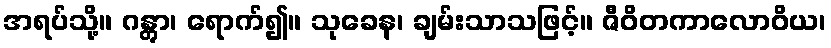
အရပ်သို့။ ဂန္တွာ၊ ရောက်၍။ သုခေန၊ ချမ်းသာသဖြင့်။ ဇီဝိတကာလောဝိယ၊